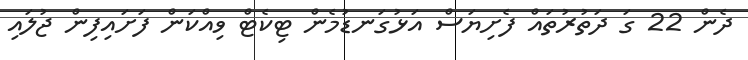
ދެން 22 ގަ ދަތުރުތައް ފެށިޔަސް އަޅުގަނޑުމެން ޓިކެޓް ވިއްކަން ފަށައިފިން ޖުލައި